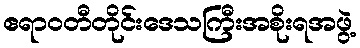
ဧရာဝတီတိုင်းဒေသကြီးအစိုးရအဖွဲ့